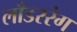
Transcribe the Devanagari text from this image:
लाँडररंग